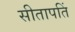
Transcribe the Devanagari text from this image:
सीतापतिं